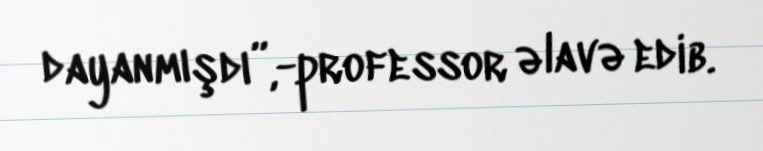
dayanmışdı”,-professor əlavə edib.